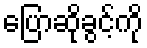
ပြောဆိုခွင့်ကို